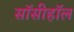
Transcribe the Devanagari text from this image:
सॉसीहॉल